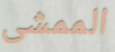
الممشى